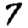
Digit: 7